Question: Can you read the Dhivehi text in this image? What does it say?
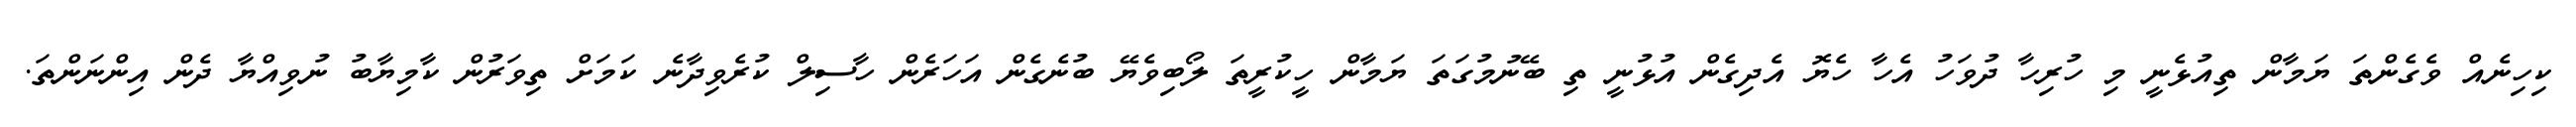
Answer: ކިހިނެއް ވެގެންތަ ޔަމާން ތިއުޅެނީ މި ހުރިހާ ދުވަހު އެހާ ހެޔޮ އެދިގެން އުޅުނީ ތި ބޭނުމުގަތަ ޔަމާން ހީކުރީތަ ލޯބިވެޔޭ ބުނެގެން އަހަރެން ހާސިލް ކުރެވިދާނެ ކަމަށް ތިވަރުން ކާމިޔާބު ނުވިއްޔާ ދެން އިންނަންތަ.